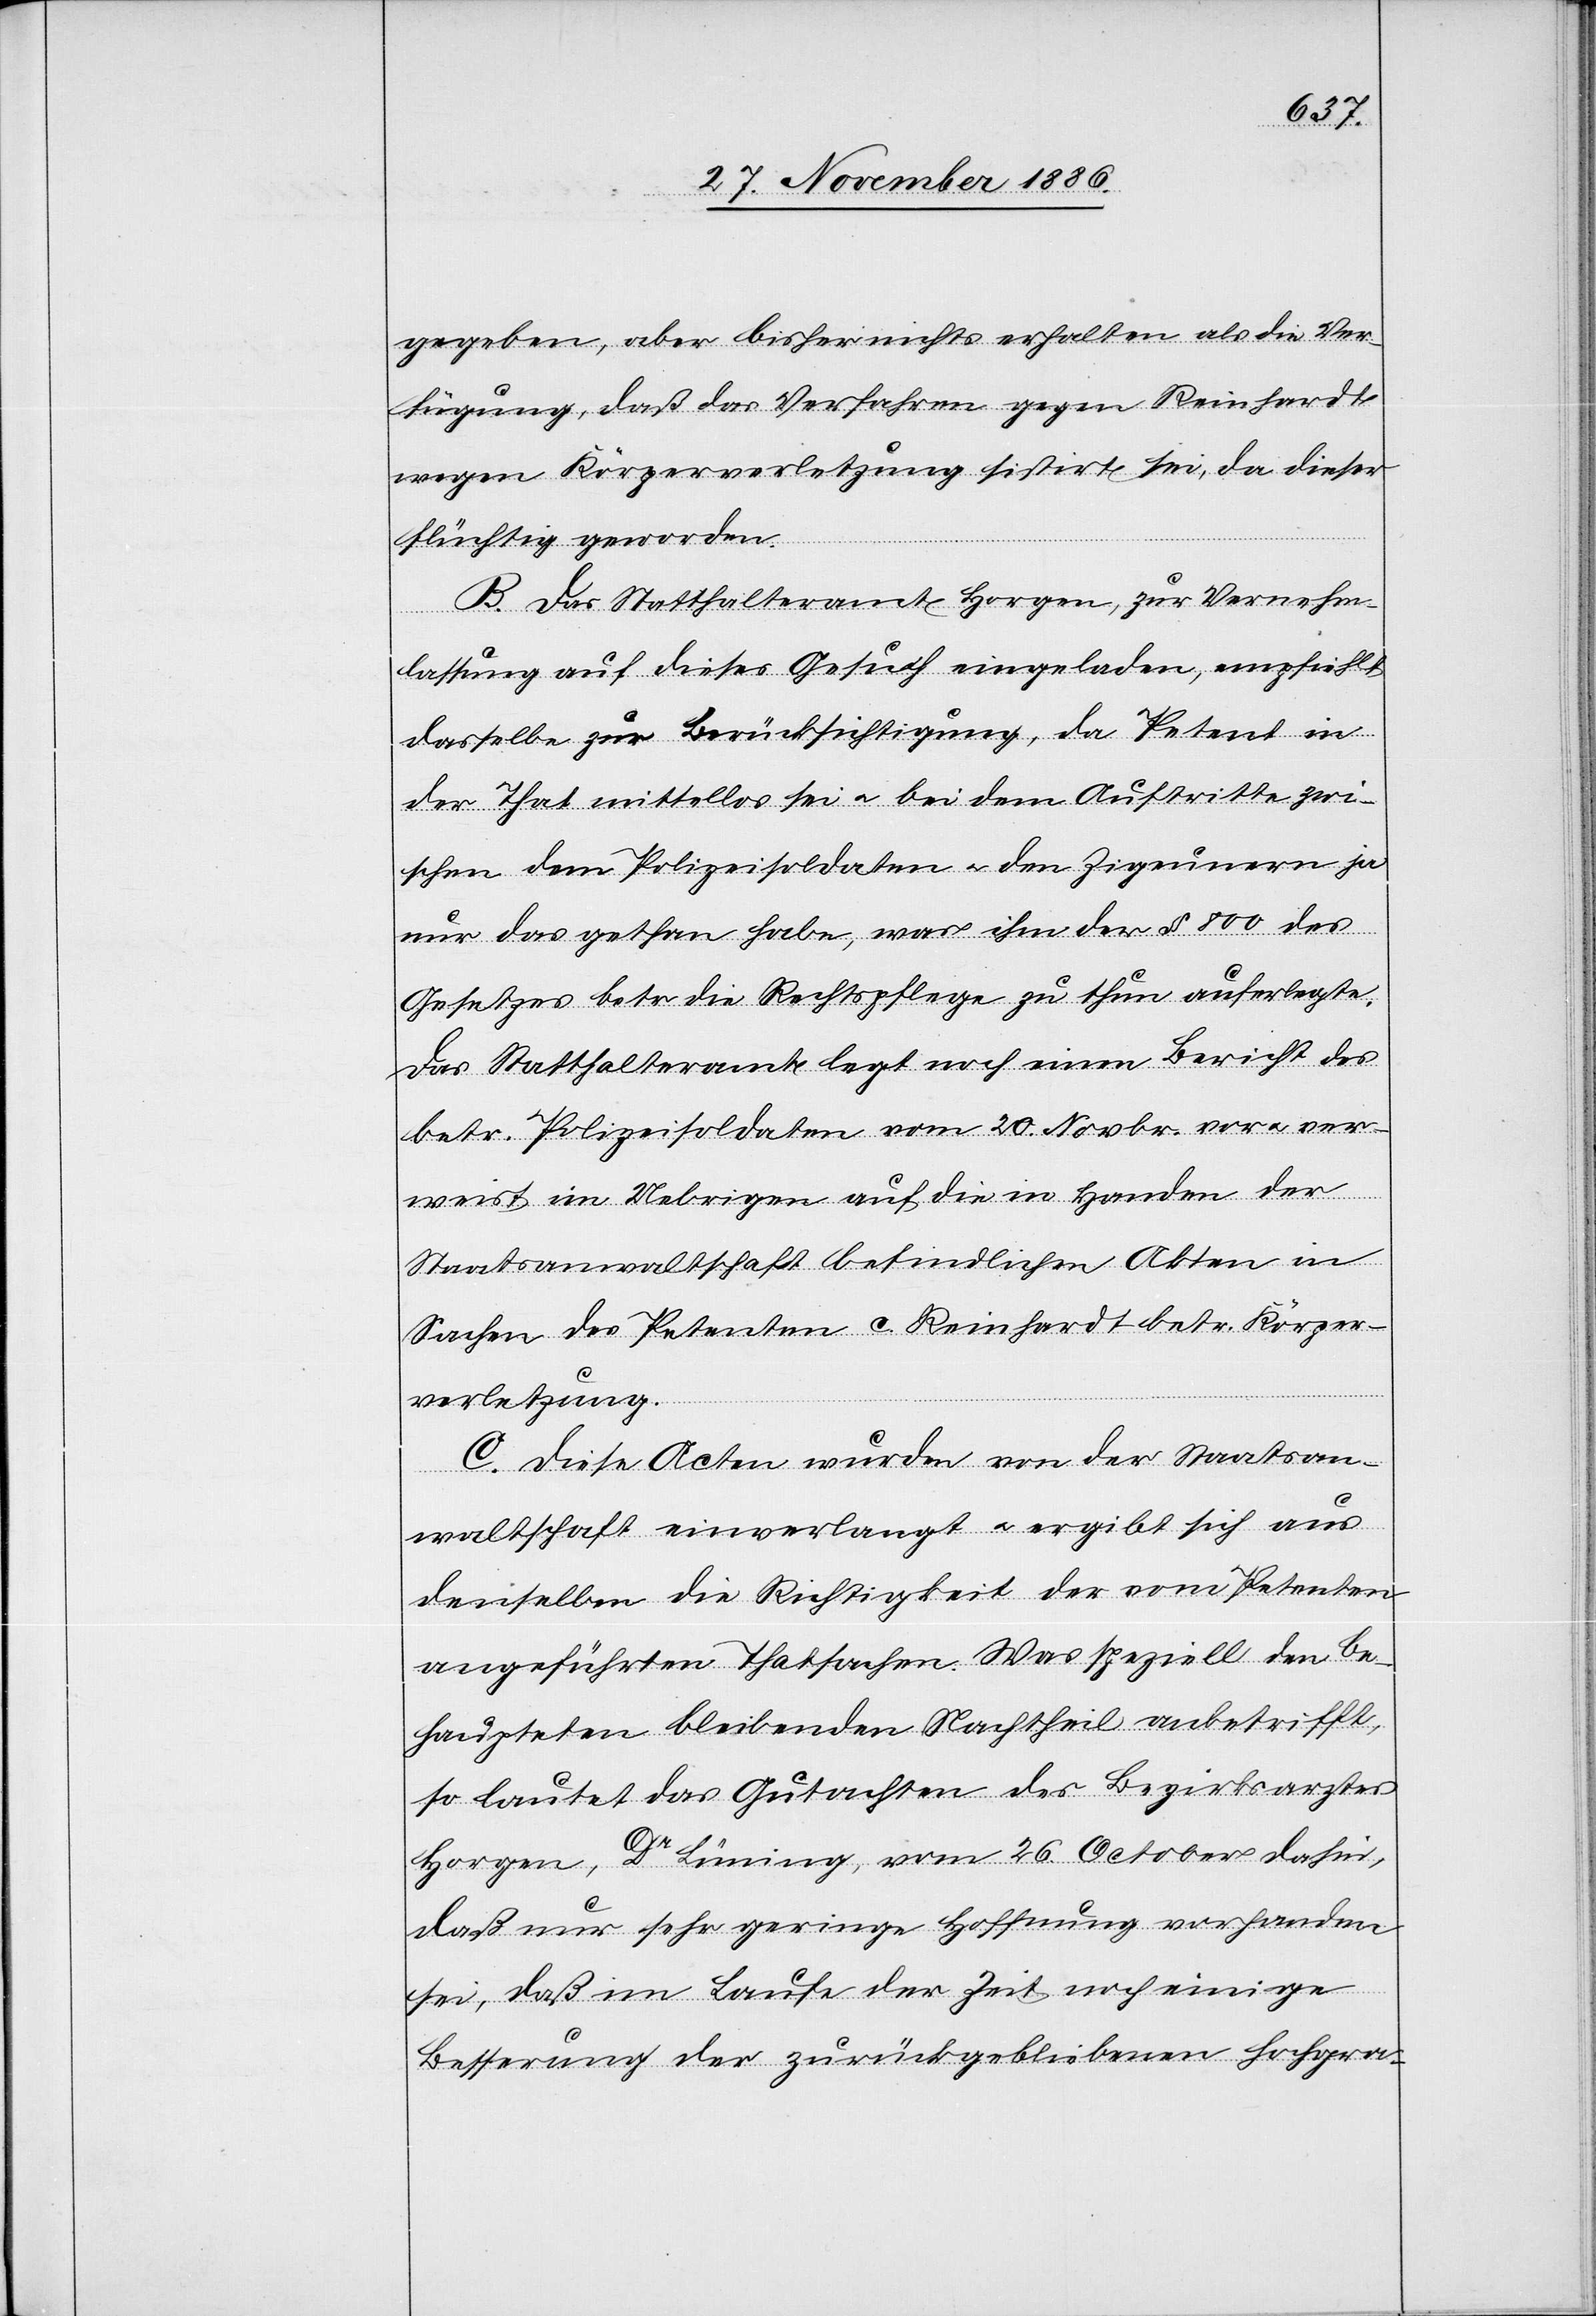
gegeben, aber bisher nichts erhalten als die Ver¬
fügung, daß das Verfahren gegen Reinhardt
wegen Körperverletzung sistirt sei, da dieser
flüchtig geworden.
B. Das Statthalteramte Horgen, zur Vernehm¬
lassung auf dieses Gesuch eingeladen, empfiehlt
dasselbe zur Berücksichtigung, da Petent in
der That mittellos sei & bei dem Auftritte zwi¬
schen dem Polizeisoldaten & den Zigeunern ja
nur das gethan habe, was ihm der § 800 des
Gesetzes betr. die Rechtspflege zu thun auferlegte.
Das Statthalteramt legt noch einen Bericht des
betr. Polizeisoldaten vom 20. Novbr. vor & ver¬
weist im Uebrigen auf die in Handen der
Staatsanwaltschaft befindlichen Akten in
Sachen des Petenten c. Reinhardt betr. Körper¬
verletzung.
C. Diese Acten wurden von der Staatsan¬
waltschaft einverlangt & ergibt sich aus
denselben die Richtigkeit der vom Petenten
angeführten Thatsachen. Was speziell den be¬
haupteten bleibenden Nachtheil anbetrifft,
so lautet das Gutachten des Bezirksarztes
Horgen, Dr Lüning, vom 26. October dahin,
daß nur sehr geringe Hoffnung vorhanden
sei, daß im Laufe der Zeit noch einige
Besserung der zurückgebliebenen hochgra-